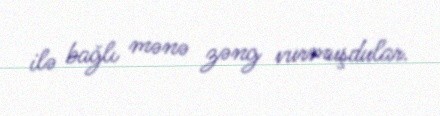
ilə bağlı mənə zəng vurmuşdular.